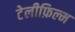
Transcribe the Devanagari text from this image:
टेलीफ़िल्म